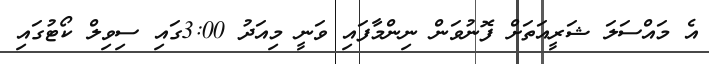
އެ މައްސަލަ ޝަރީއަތަށް ފޮނުވަން ނިންމާފައި ވަނީ މިއަދު 3:00ގައި ސިވިލް ކޯޓުގައި